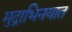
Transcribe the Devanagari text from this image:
मुद्राभिनयात